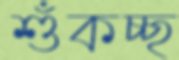
শুঁকচ্ছ